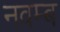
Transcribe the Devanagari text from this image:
नवम्ब